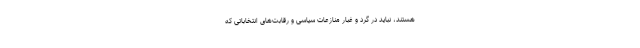
هستند، نباید در گرد و غبار منازعات سیاسی و رقابت‌های انتخاباتی که